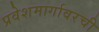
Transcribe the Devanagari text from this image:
प्रवेशमार्गावरची